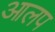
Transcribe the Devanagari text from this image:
आलप